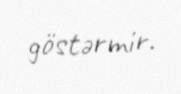
göstərmir.